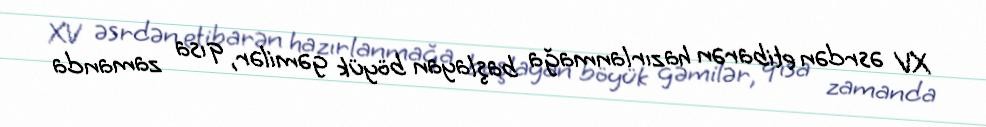
XV əsrdən etibarən hazırlanmağa başlayan böyük gəmilər, qısa zamanda